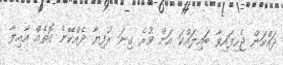
ދައްކަން ޖެހިފައިވާ ބައިލައްކަ އަށް ވުރެ ގިނަ ރުފިޔާ ދެއްކޭނެ ގޮތެއް އާއިލާ